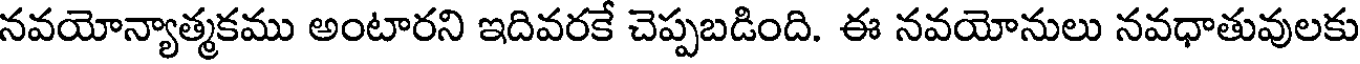
నవయోన్యాత్మకము అంటారని ఇదివరకే చెప్పబడింది. ఈ నవయోనులు నవధాతువులకు